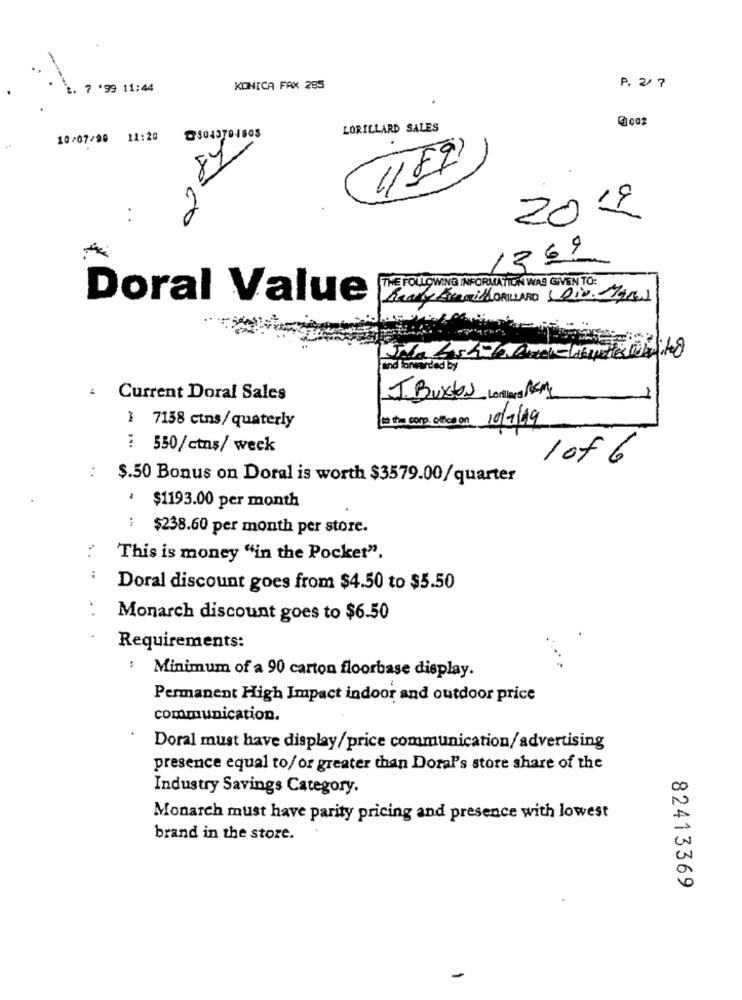
t. 7 '99 11:44
KONICA FAX 285
P. 27
LORILLARD SALES
10/07/90 11:20
@$043794805
2019
1369
THE FOLLOWING INFORMATION WAS GIVEN TO:
Doral Value
Realy AremilLORILLARD Div. MARS
and forwarded by
Current Doral Sales
J. Bustos Lerilars REM
In the corp. ofice on 10/1/19
1 7158 ctns/quaterly
: 550/ctns/ week
1 of 6
:
$.50 Bonus on Doral is worth $3579.00/quarter
$1193.00 per month
: $238.60 per month per store.
This is money "in the Pocket".
Doral discount goes from $4.50 to $5.50
. .
Monarch discount goes to $6.50
Requirements:
: Minimum of a 90 carton floorbase display.
Permanent High Impact indoor and outdoor price
communication.
Doral must have display/price communication/advertising
presence equal to/ or greater than Doral's store share of the
Industry Savings Category.
Monarch must have parity pricing and presence with lowest
brand in the store.
82413369